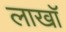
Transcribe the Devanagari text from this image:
लाखॉ